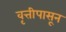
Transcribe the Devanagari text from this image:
वृत्तीपासून